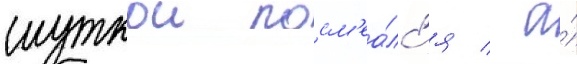
шуткои посм'еа́лс'я / а́